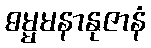
ဓမ္မမနာနုဇာနံ